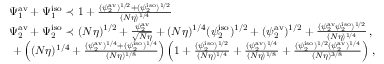
\begin{array} { r l } & { \Psi _ { 1 } ^ { \mathrm { a v } } + \Psi _ { 1 } ^ { \mathrm { i s o } } \prec 1 + \frac { ( \psi _ { 2 } ^ { \mathrm { a v } } ) ^ { 1 / 2 } + ( \psi _ { 2 } ^ { \mathrm { i s o } } ) ^ { 1 / 2 } } { ( N \eta ) ^ { 1 / 4 } } } \\ & { \Psi _ { 2 } ^ { \mathrm { a v } } + \Psi _ { 2 } ^ { \mathrm { i s o } } \prec ( N \eta ) ^ { 1 / 2 } + \frac { \psi _ { 2 } ^ { \mathrm { a v } } } { \sqrt { N \eta } } + ( N \eta ) ^ { 1 / 4 } ( \psi _ { 2 } ^ { \mathrm { i s o } } ) ^ { 1 / 2 } + ( \psi _ { 2 } ^ { \mathrm { a v } } ) ^ { 1 / 2 } + \frac { ( \psi _ { 2 } ^ { \mathrm { a v } } \psi _ { 2 } ^ { \mathrm { i s o } } ) ^ { 1 / 2 } } { ( N \eta ) ^ { 1 / 4 } } \, , } \\ & { \ + \left( ( N \eta ) ^ { 1 / 4 } + \frac { ( \psi _ { 2 } ^ { \mathrm { a v } } ) ^ { 1 / 4 } + ( \psi _ { 2 } ^ { \mathrm { i s o } } ) ^ { 1 / 4 } } { ( N \eta ) ^ { 1 / 8 } } \right) \left( 1 + \frac { ( \psi _ { 2 } ^ { \mathrm { i s o } } ) ^ { 1 / 2 } } { ( N \eta ) ^ { 1 / 4 } } + \frac { ( \psi _ { 2 } ^ { \mathrm { a v } } ) ^ { 1 / 4 } } { ( N \eta ) ^ { 1 / 8 } } + \frac { ( \psi _ { 2 } ^ { \mathrm { i s o } } ) ^ { 1 / 2 } ( \psi _ { 2 } ^ { \mathrm { a v } } ) ^ { 1 / 4 } } { ( N \eta ) ^ { 3 / 8 } } \right) \, , } \end{array}